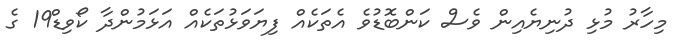
މިހާރު މުޅި ދުނިޔެއިން ވެސް ކަންބޮޑުވެ އެތަކެއް ފިޔަވަޅުތަކެއް އަޅަމުންދާ ކޯވިޑް19 ގެ